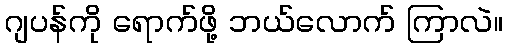
ဂျပန်ကို ရောက်ဖို့ ဘယ်လောက် ကြာလဲ။